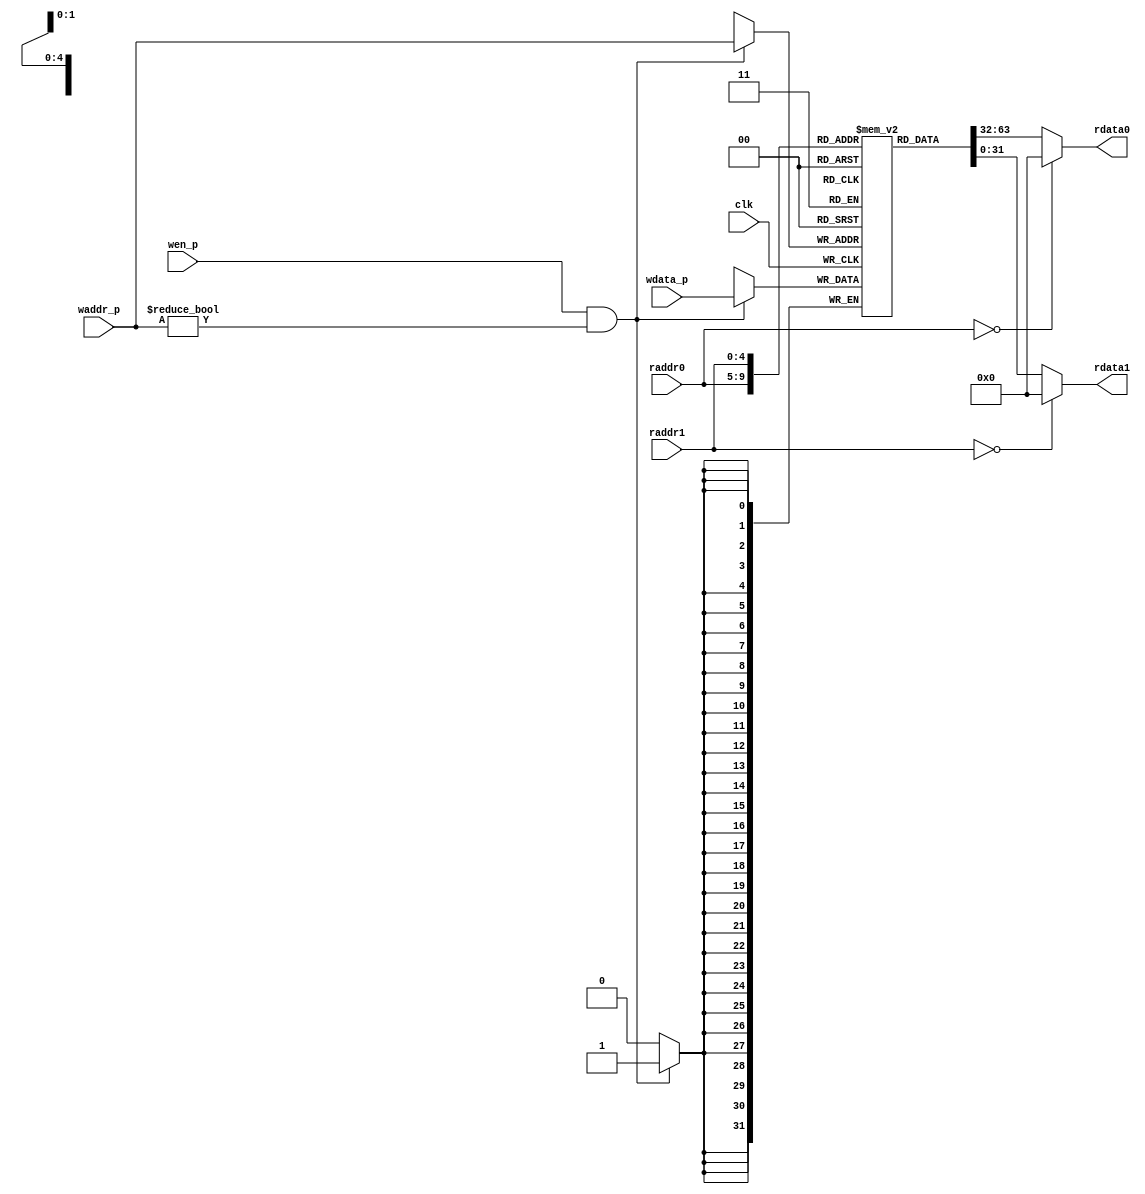
//=========================================================================
// 7-Stage RISCV Register File
//=========================================================================

`ifndef RISCV_CORE_DPATH_REGFILE_V
`define RISCV_CORE_DPATH_REGFILE_V

module riscv_CoreDpathRegfile
(
  input         clk,
  input  [ 4:0] raddr0,  // Read 0 address (combinational input)
  output [31:0] rdata0,  // Read 0 data (combinational on raddr)
  input  [ 4:0] raddr1,  // Read 1 address (combinational input)
  output [31:0] rdata1,  // Read 1 data (combinational on raddr)
  input         wen_p,   // Write enable (sample on rising clk edge)
  input  [ 4:0] waddr_p, // Write address (sample on rising clk edge)
  input  [31:0] wdata_p  // Write data (sample on rising clk edge)
);

  // We use an array of 32 bit register for the regfile itself
  reg [31:0] registers[31:0];

  // Combinational read ports
  assign rdata0 = ( raddr0 == 0 ) ? 32'b0 : registers[raddr0];
  assign rdata1 = ( raddr1 == 0 ) ? 32'b0 : registers[raddr1];

  // Write port is active only when wen is asserted
  always @( posedge clk )
  begin
    if ( wen_p && (waddr_p != 5'b0) )
      registers[waddr_p] <= wdata_p;
  end

  //Debugging Rfile
  wire [31:0] reg0 = registers[0];
  wire [31:0] reg1 = registers[1];
  wire [31:0] reg2 = registers[2];
  wire [31:0] reg3 = registers[3];
  wire [31:0] reg4 = registers[4];
  wire [31:0] reg5 = registers[5];
  wire [31:0] reg6 = registers[6];
  wire [31:0] reg7 = registers[7];
  wire [31:0] reg8 = registers[8];
  wire [31:0] reg9 = registers[9];
  wire [31:0] reg10 = registers[10];
  wire [31:0] reg11 = registers[11];
  wire [31:0] reg12 = registers[12];
  wire [31:0] reg22 = registers[22];


endmodule

`endif